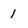
Character: 1